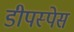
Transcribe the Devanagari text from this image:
डीपस्पेस